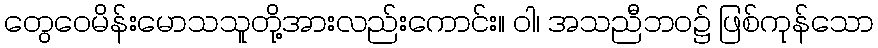
တွေဝေမိန်းမောသသူတို့အားလည်းကောင်း။ ဝါ၊ အသညီဘဝ၌ ဖြစ်ကုန်သော